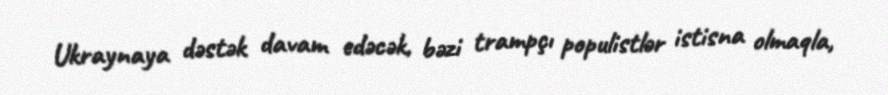
Ukraynaya dəstək davam edəcək, bəzi trampçı populistlər istisna olmaqla,